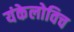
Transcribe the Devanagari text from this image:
यंकेलोविच